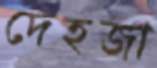
দেহজা